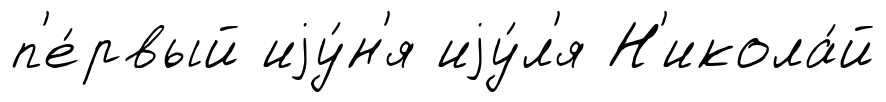
п'е́рвый иjу́н'я иjу́л'я Н'икола́й